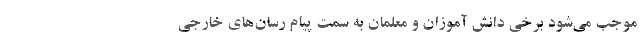
موجب می‌شود برخی دانش آموزان و معلمان به سمت پیام رسان‌های خارجی